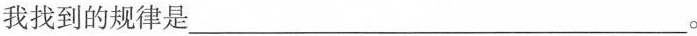
我找到的规律是______________________。